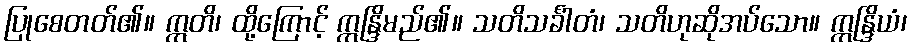
ပြုစေတတ်၏။ ဣတိ၊ ထို့ကြောင့် ဣန္ဒြိမည်၏။ သတိသင်္ခါတံ၊ သတိဟုဆိုအပ်သော။ ဣန္ဒြိယံ၊